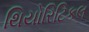
થિયોરિટિકલ